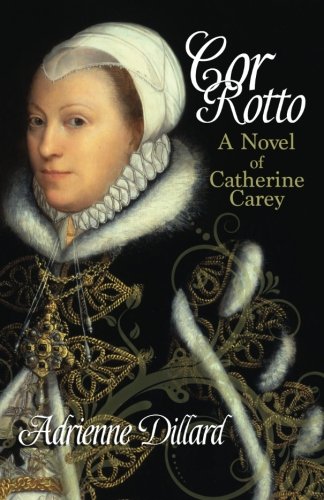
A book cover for Cor Rotto: A novel of Catherine Carey; Adrienne Dillard; Romance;